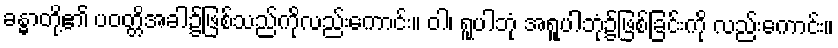
ခန္ဓာတို့၏ ပဝတ္တိအခါ၌ဖြစ်သည်ကိုလည်းကောင်း။ ဝါ၊ ရူပါဘုံ အရူပါဘုံ၌ဖြစ်ခြင်းကို လည်းကောင်း။